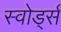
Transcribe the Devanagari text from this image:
स्वोर्ड्स